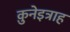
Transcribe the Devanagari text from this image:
क़ुनेइत्राह